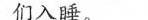
们入睡。